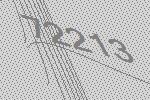
72213